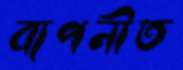
ব্যপনীত